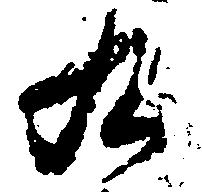
九